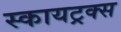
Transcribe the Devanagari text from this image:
स्कायट्रक्स